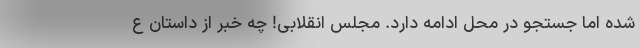
شده اما جستجو در محل ادامه دارد. مجلس انقلابی! چه خبر از داستان ع